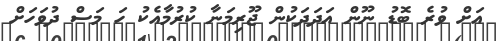
އަށް ވުރެ ބޮޑު ނޫން އަދަދަކުން ޖޫރިމަނާ ކުރުމާއެކު ހަ މަސް ދުވަހަށް